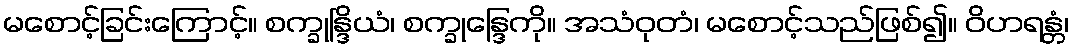
မစောင့်ခြင်းကြောင့်။ စက္ခုန္ဒြိယံ၊ စက္ခုန္ဒြေကို။ အသံဝုတံ၊ မစောင့်သည်ဖြစ်၍။ ဝိဟရန္တံ၊